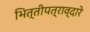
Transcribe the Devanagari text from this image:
भित्तीपत्राव्दारे